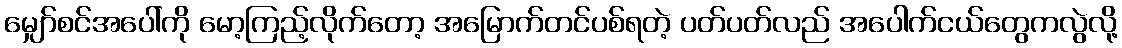
မျှော်စင်အပေါ်ကို မော့ကြည့်လိုက်တော့ အမြောက်တင်ပစ်ရတဲ့ ပတ်ပတ်လည် အပေါက်ငယ်တွေကလွဲလို့